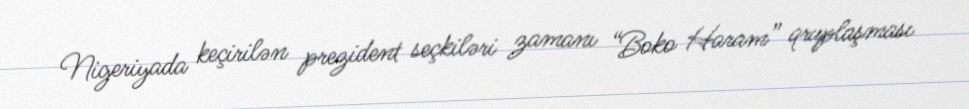
Nigeriyada keçirilən prezident seçkiləri zamanı “Boko Haram” qruplaşması